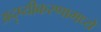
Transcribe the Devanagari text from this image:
अदृष्यीकरणामध्ये